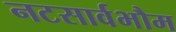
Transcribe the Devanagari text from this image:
नटसार्वभौम